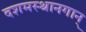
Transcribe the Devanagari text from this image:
दशमस्थानगान्